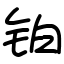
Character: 铂